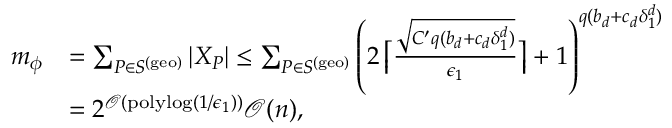
\begin{array} { r l } { m _ { \phi } } & { = \sum _ { P \in S ^ { \mathrm { ( g e o ) } } } | X _ { P } | \leq \sum _ { P \in S ^ { \mathrm { ( g e o ) } } } \left( 2 \left\lceil \frac { \sqrt { C ^ { \prime } q ( b _ { d } + c _ { d } \delta _ { 1 } ^ { d } ) } } { \epsilon _ { 1 } } \right\rceil + 1 \right) ^ { q ( b _ { d } + c _ { d } \delta _ { 1 } ^ { d } ) } } \\ & { = 2 ^ { \mathcal { O } ( \mathrm { p o l y l o g } ( 1 / \epsilon _ { 1 } ) ) } \mathcal { O } ( n ) , } \end{array}